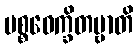
ပစ္စဝေက္ခိတဗ္ဗာတိ